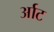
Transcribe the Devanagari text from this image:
र्आट